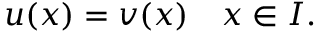
u ( x ) = v ( x ) \quad x \in I .